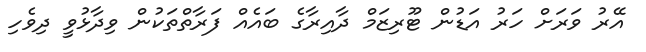
އޭރު ވަރަށް ހަރު އަޑުން ޓޫރިޒަމް ދާއިރާގެ ބައެއް ފަރާތްތަކުން ވިދާޅުވީ ދިވެހި